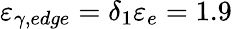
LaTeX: \varepsilon_{\gamma,edge}=\delta_{1}\varepsilon_{e}=1.9